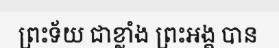
ព្រះទ័យ ជាខ្លាំង ព្រះអង្គ បាន